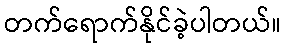
တက်ရောက်နိုင်ခဲ့ပါတယ်။